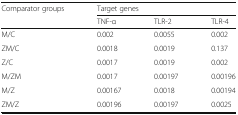
| <ROWSPAN=2> Comparator groups | <COLSPAN=3> Target genes |
 | TNF-α | TLR-2 | TLR-4 |
 | --- | --- | --- | --- |
 | M/C | 0.002 | 0.0055 | 0.002 |
 | ZM/C | 0.0018 | 0.0019 | 0.137 |
 | Z/C | 0.0017 | 0.0019 | 0.002 |
 | M/ZM | 0.0017 | 0.00197 | 0.00196 |
 | M/Z | 0.00167 | 0.0018 | 0.00194 |
 | ZM/Z | 0.00196 | 0.00197 | 0.0025 |